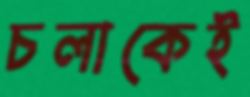
চলাকেই